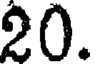
20.